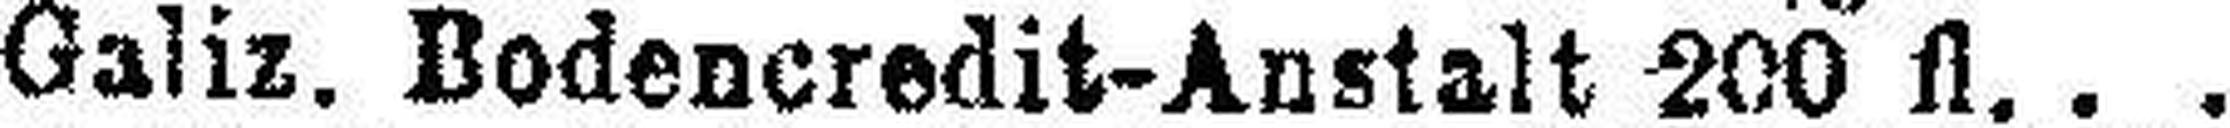
Galiz. Bodencredit-Anstalt 200 fl.